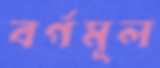
বর্গমূল